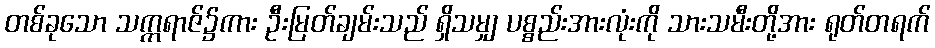
တစ်ခုသော သက္ကရာဇ်၌ကား ဦးမြတ်ချမ်းသည် ရှိသမျှ ပစ္စည်းအားလုံးကို သားသမီးတို့အား ရုတ်တရက်